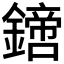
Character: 𨬙